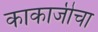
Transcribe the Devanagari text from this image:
काकाजीचा